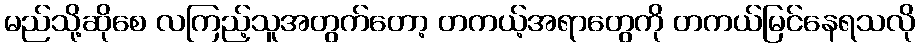
မည်သို့ဆိုစေ လကြည့်သူအတွက်တော့ တကယ့်အရာတွေကို တကယ်မြင်နေရသလို